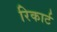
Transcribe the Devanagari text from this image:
रिकार्ट